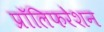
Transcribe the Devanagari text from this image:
प्रॉलिफरेशन